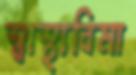
স্বাস্থ্যবিমা